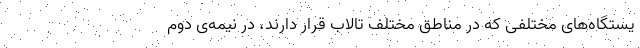
یستگاه‌های مختلفی که در مناطق مختلف تالاب قرار دارند، در نیمه‌ی دوم